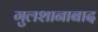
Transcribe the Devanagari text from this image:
गुलशानाबाद